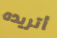
أتريده